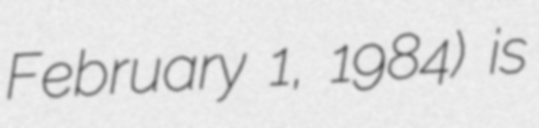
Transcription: February 1, 1984) is